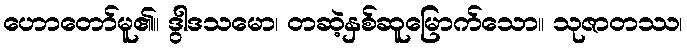
ဟောတော်မူ၏။ ဒွါဒသမော၊ တဆဲ့နှစ်ဆူမြောက်သော။ သုဇာတဿ၊